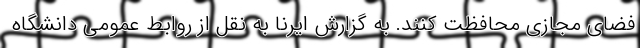
فضای مجازی محافظت کنند. به گزارش ایرنا به نقل از روابط عمومی دانشگاه